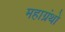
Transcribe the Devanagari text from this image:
महाग्रंथों